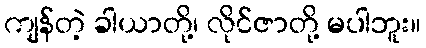
ကျန်တဲ့ ခါယာတို့၊ လိုင်ဇာတို့ မပါဘူး။